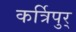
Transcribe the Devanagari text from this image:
कर्त्रिपुर्